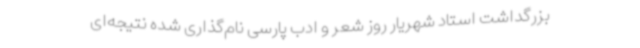
بزرگداشت استاد شهریار روز شعر و ادب پارسی نام‌گذاری شده نتیجه‌ای